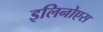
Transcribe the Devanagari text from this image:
इलिनोएस